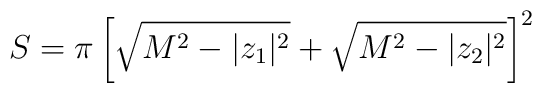
S =  \pi \left[ \sqrt{M^2 - |z_1|^2 } +  \sqrt{ M^2 - |z_2|^2}\right]^2